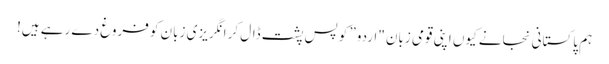
ہم پاکستانی نجانے کیوں اپنی قومی زبان "اردو” کو پس پشت ڈال کر انگریزی زبان کو فروغ دے رہے ہیں!